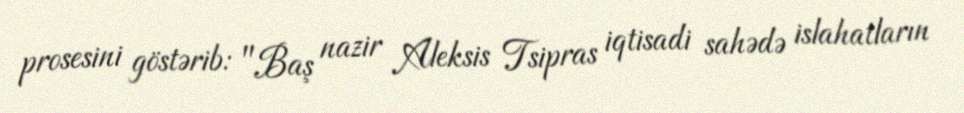
prosesini göstərib: "Baş nazir Aleksis Tsipras iqtisadi sahədə islahatların